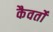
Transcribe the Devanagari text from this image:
कैवर्तों